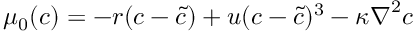
{ \mu _ { 0 } ( c ) = - r ( c - \tilde { c } ) + u ( c - \tilde { c } ) ^ { 3 } - \kappa \boldsymbol \nabla ^ { 2 } c }